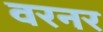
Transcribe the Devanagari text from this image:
वरनर